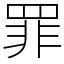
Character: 罪